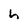
Character: h